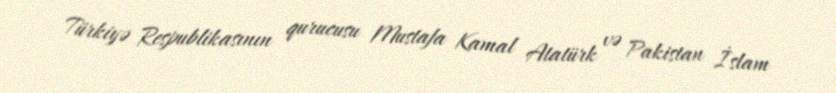
Türkiyə Respublikasının qurucusu Mustafa Kamal Atatürk və Pakistan İslam